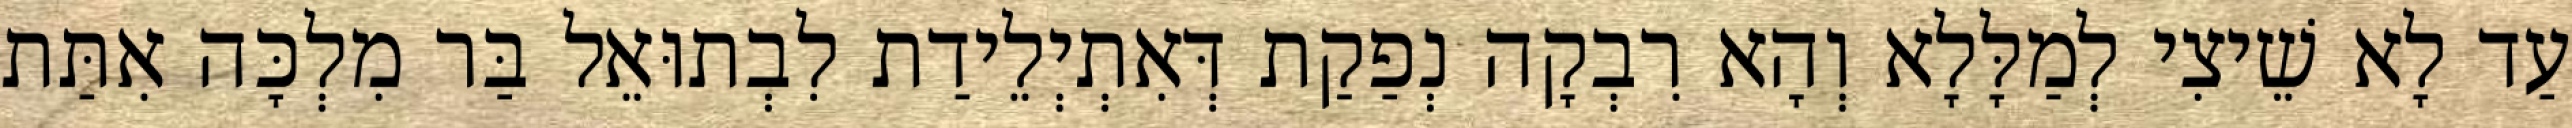
עַד לָא שֵׁיצִי לְמַלָּלָא וְהָא רִבְקָה נְפַקַת דְּאִתְיְלֵידַת לִבְתוּאֵל בַּר מִלְכָּה אִתַּת